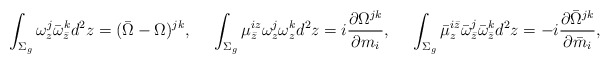
\begin{align*}\int_{\Sigma_g}\omega^j_z\bar\omega^k_{\bar z}d^2z=(\bar\Omega-\Omega)^{jk},\quad\,\,\int_{\Sigma_g}\mu^{i z}_{\bar z}\omega^j_{z}\omega^k_{z}d^2z=i{\partial \Omega^{jk}\over\partial m_i},\quad\,\,\int_{\Sigma_g}\bar\mu^{i\bar z}_z\bar\omega^j_{\bar z}\bar\omega^k_{\bar z}d^2z=-i{\partial\bar\Omega^{jk}\over\partial\bar m_i},\end{align*}